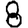
Digit: 8